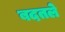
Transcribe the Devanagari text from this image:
बदतले